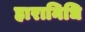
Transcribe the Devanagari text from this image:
हारानिधि